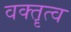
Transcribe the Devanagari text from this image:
वक्‍तॄत्‍व